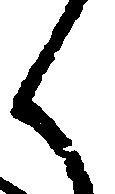
く